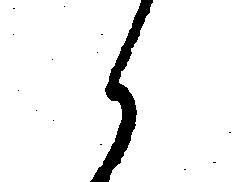
候